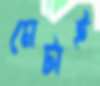
মেটাই